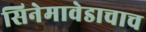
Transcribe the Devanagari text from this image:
सिनेमावेडाचाच